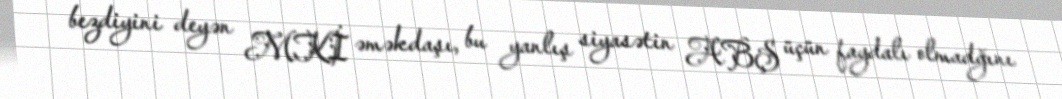
bezdiyini deyən MKİ əməkdaşı, bu yanlış siyasətin ABŞ üçün faydalı olmadğını